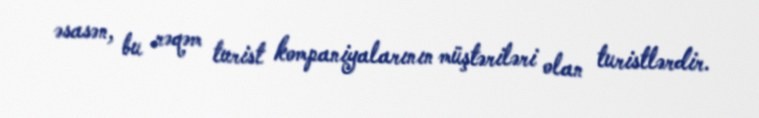
əsasən, bu rəqəm turist kompaniyalarının müştəriləri olan turistlərdir.